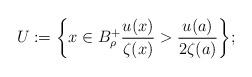
LaTeX: \begin{align*}U := \bigg \{ x \in B_\rho^+ \frac{u(x)}{\zeta(x)} > \frac{u(a)}{2\zeta (a)} \bigg \};\end{align*}